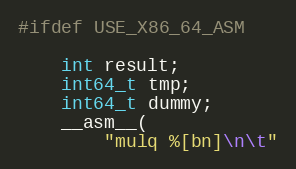
Language: C++
#ifdef USE_X86_64_ASM

	int result;
	int64_t tmp;
	int64_t dummy;
	__asm__(
		"mulq %[bn]\n\t"